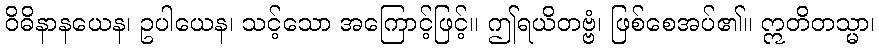
ဝိဓိနာနယေန၊ ဥပါယေန၊ သင့်သော အကြောင့်ဖြင့်။ ဤရယိတဗ္ဗံ၊ ဖြစ်စေအပ်၏။ ဣတိတသ္မာ၊